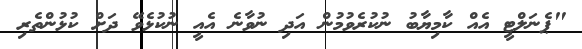
"ޕެނަލްޓީ އެއް ކާމިޔާބު ނުކުރެވުމުން އަދި ނުވާނެ އެއީ ނުކުޅެވޭ ދަށް ކުޅުންތެރި